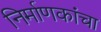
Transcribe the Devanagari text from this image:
निर्माणकांचा